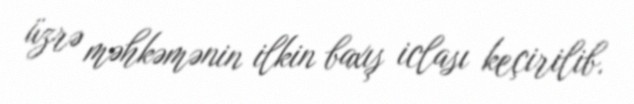
üzrə məhkəmənin ilkin baxış iclası keçirilib.